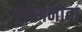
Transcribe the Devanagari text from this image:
पुयेमनोवा